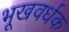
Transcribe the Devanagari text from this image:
भूखवर्धक